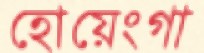
হোয়েংগা